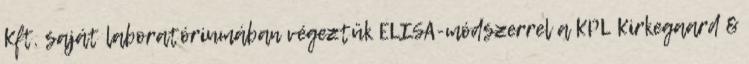
Kft. saját laboratóriumában végeztük ELISA-módszerrel a KPL Kirkegaard &